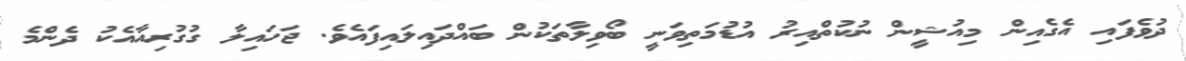
ދުވެފައި އެގެއިން މިއުޝީން ނުކުތްއިރު އުޑުމަތިވަނީ ބޯވިލާތަކުން ބައްދައިލައިފައެވެ. ޖަހައިލާ ގުގުރިއާއެކު ދެންމެ